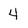
Character: 4